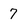
Character: 7